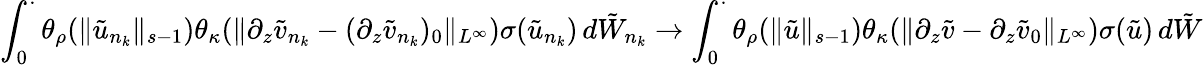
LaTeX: \int_{0}^{\cdot}\theta_{\rho}(\| \tilde{u}_{n_{k}}\| _{s-1})\theta_{\kappa}(\| \partial_{z}\tilde{v}_{n_{k}}-(\partial_{z}\tilde{v}_{n_{k}})_{0}\| _{L^{\infty}})\sigma(\tilde{u}_{n_{k}})\, d\tilde{W}_{n_{k}}\to\int_{0}^{\cdot}\theta_{\rho}(\| \tilde{u}\| _{s-1})\theta_{\kappa}(\| \partial_{z}\tilde{v}-\partial_{z}\tilde{v}_{0}\| _{L^{\infty}})\sigma(\tilde{u})\, d\tilde{W}